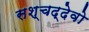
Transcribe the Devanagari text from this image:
सश्चद्देवो